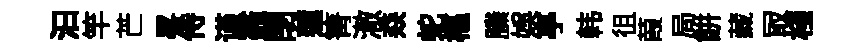
汩竿芒畧侍谨龕閉蓮箐澈猋蛇樞縢娱亭韩徂葭局餅藏冣棧